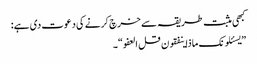
کبھی مثبت طریقہ سے خرچ کرنے کی دعوت دی ہے:
”یسئلونک ماذا ینفقون قل العفو“۔